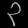
Digit: ၃